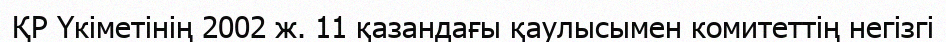
ҚР Үкіметінің 2002 ж. 11 қазандағы қаулысымен комитеттің негізгі